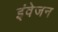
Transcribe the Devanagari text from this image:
इंवेजन